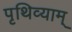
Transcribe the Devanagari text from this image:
पृथिव्याम्